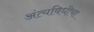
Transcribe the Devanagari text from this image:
अंत्यविधीचा